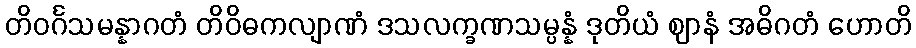
တိဝင်္ဂသမန္နာဂတံ တိဝိဓကလျာဏံ ဒသလက္ခဏသမ္ပန္နံ ဒုတိယံ ဈာနံ အဓိဂတံ ဟောတိ